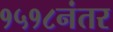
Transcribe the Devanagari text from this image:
१५१८नंतर